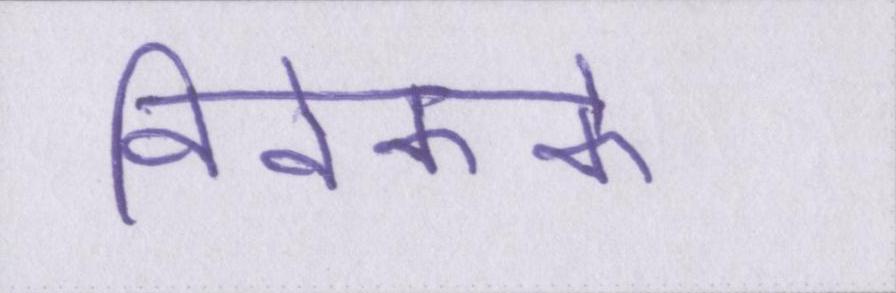
विवेकके